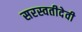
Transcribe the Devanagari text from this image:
सरस्वतीदेवी